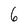
Character: 6